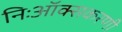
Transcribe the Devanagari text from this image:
निःऑक्सकरणी